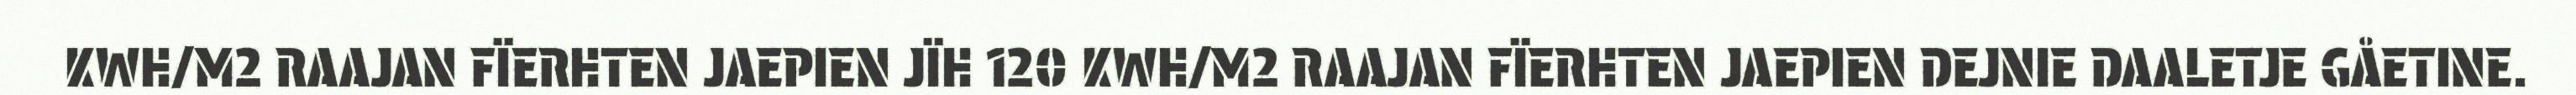
KWH/M2 RAAJAN FÏERHTEN JAEPIEN JÏH 120 KWH/M2 RAAJAN FÏERHTEN JAEPIEN DEJNIE DAALETJE GÅETINE.